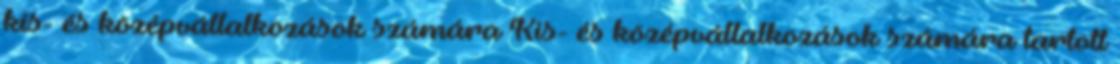
kis- és középvállalkozások számára Kis- és középvállalkozások számára tartott